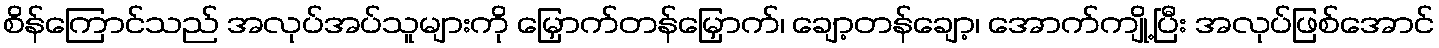
စိန်ကြောင်သည် အလုပ်အပ်သူများကို မြှောက်တန်မြှောက်၊ ချော့တန်ချော့၊ အောက်ကျို့ပြီး အလုပ်ဖြစ်အောင်